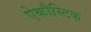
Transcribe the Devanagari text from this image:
ऐकौस्टिक